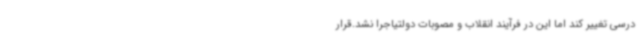
درسی تغییر کند اما این در فرآیند انقلاب و مصوبات دولتیاجرا نشد.قرار